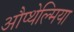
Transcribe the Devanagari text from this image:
औप्थेल्मिया